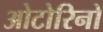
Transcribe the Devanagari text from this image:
ओटोरिनो